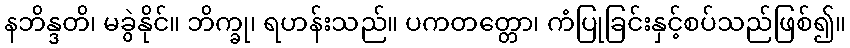
နဘိန္ဒတိ၊ မခွဲနိုင်။ ဘိက္ခု၊ ရဟန်းသည်။ ပကတတ္တော၊ ကံပြုခြင်းနှင့်စပ်သည်ဖြစ်၍။